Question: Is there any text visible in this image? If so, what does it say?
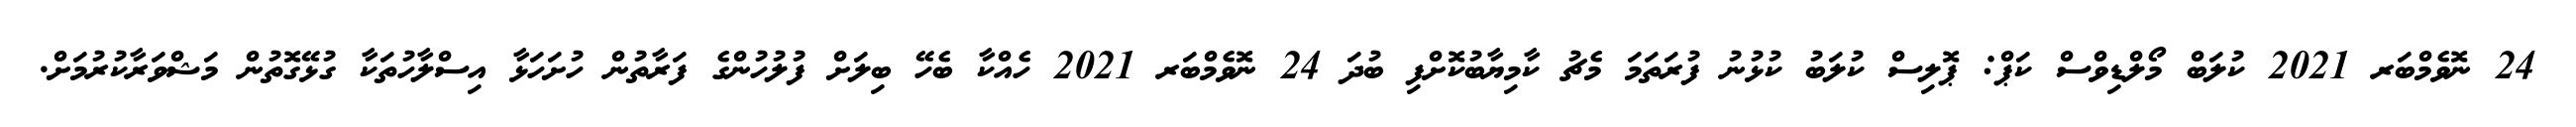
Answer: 24 ނޮވެމްބަރ 2021 ކުލަބް މޯލްޑިވްސް ކަޕް: ޕޮލިސް ކުލަބު ކުޅުނު ފުރަތަމަ މެޗު ކާމިޔާބުކޮށްފި ބުދަ 24 ނޮވެމްބަރ 2021 ހެއްކާ ބެހޭ ބިލަށް ފުލުހުންގެ ފަރާތުން ހުށަހަޅާ އިސްލާހުތަކާ ގުޅޭގޮތުން މަޝްވަރާކުރުމަށް.